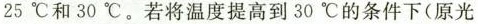
25ºC和30ºC。若将温度提高到30ºC的条件下（原光